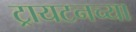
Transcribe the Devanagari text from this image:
ट्रायटनच्या